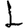
Digit: 1